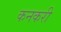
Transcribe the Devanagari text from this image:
कनकरी